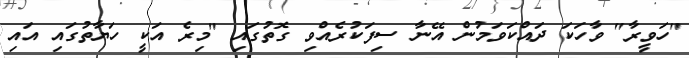
"ހަވީރާ" ވާހަކަ ދައްކަވަމުން އޭނާ ސިފަކުރެއްވި ގޮތުގައި "މިރެ އަކީ ހަޔާތުގައި އައި